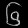
Digit: ၆